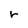
Character: r